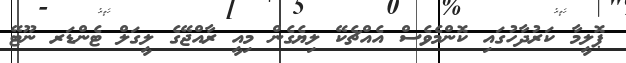
ޕޮލީމާ ކަރުދާހުގައި ކޮންމެވެސް އެއްޗެކޭ ލިޔެގެން މިއީ ރާއްޖޭގެ ލީގަލް ޓެންޑަރ ނޫޓޭ